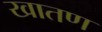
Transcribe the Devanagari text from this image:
खातण